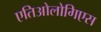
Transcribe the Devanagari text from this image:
एतिओलोगिएस